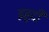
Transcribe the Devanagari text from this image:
इहुदी